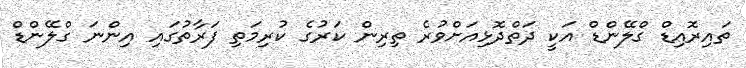
ތައިރޮއިޑް ގްލޭންޑް އަކީ ދަތްދޮޅިއަށްވުރެ ތިރިން ކަރުގެ ކުރިމަތި ފަރާތުގައި އިންނަ ގްލޭންޑް